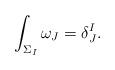
LaTeX: \begin{align*}\int_{\Sigma_{ I}} \omega_{J}=\delta_{J}^{I}.\end{align*}